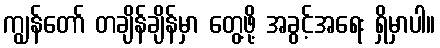
ကျွန်တော် တချိန်ချိန်မှာ တွေ့ဖို့ အခွင့်အရေး ရှိမှာပါ။